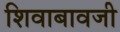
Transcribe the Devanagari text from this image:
शिवाबावजी